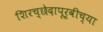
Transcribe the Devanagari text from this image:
शिरच्छेदापूर्वीच्या